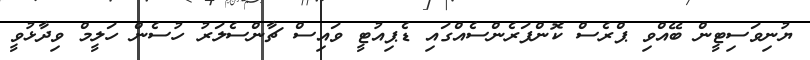
ޔުނިވަސިޓީން ބޭއްވި ޕްރެސް ކޮންފަރެންސެއްގައި ޑެޕިއުޓީ ވައިސް ޗާންސެލަރު ހުސެން ހަލީމް ވިދާޅުވީ